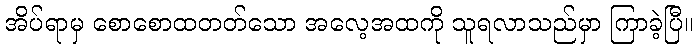
အိပ်ရာမှ စောစောထတတ်သော အလေ့အထကို သူရလာသည်မှာ ကြာခဲ့ပြီ။